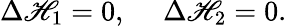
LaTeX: \Delta\mathscr{H}_{1}=0,~~~~~\Delta\mathscr{H}_{2}=0.